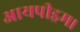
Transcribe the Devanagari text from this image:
आयपीड्रम।